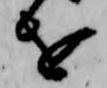
を